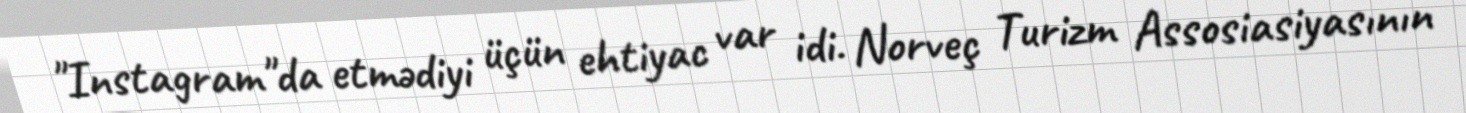
"Instagram"da etmədiyi üçün ehtiyac var idi. Norveç Turizm Assosiasiyasının